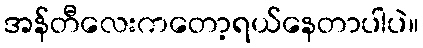
အန်တီလေးကတော့ရယ်နေတာပါပဲ။